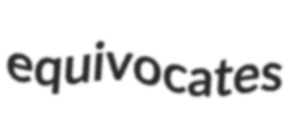
equivocates